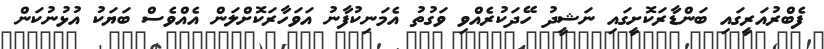
ފެބްރުއަރީގައި ބަންޑާރަކޮށީގައި ނަޝީދު ހޭދަކުރެއްވި ވަގުތު އެމަނިކުފާނު އަވަހާރަކޮށްލަން އެއްވެސް ބަޔަކު އުޅުނުކަން